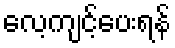
လေ့ကျင့်ပေးရန်